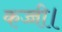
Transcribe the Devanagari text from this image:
कच्ची।